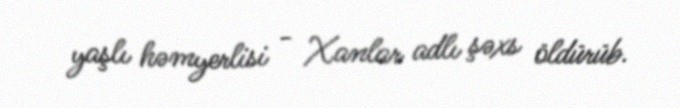
yaşlı həmyerlisi - Xanlar adlı şəxs öldürüb.